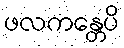
ဖလကန္တေပိ